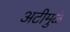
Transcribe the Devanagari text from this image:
अटीमुळे